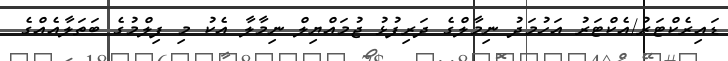
ޑައިރެކްޓަރު/އެކްޓަރު އަހުމަދު ނިމާލްގެ ދަރިފުޅު ޖުމައްޔިލް ނިމާލާ އެކު މި ފިލްމުގެ ބަތަލާއެއްގެ